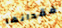
فقدانها